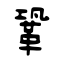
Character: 鞏